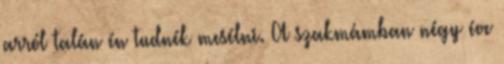
arról talán én tudnék mesélni. A szakmámban négy éve